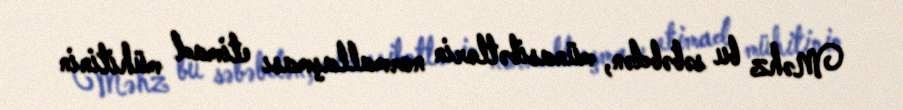
Məhz bu səbəbdən, münasibətlərin normallaşması etimad mühitinin